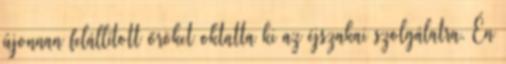
újonnan felállított őröket oktatta ki az éjszakai szolgálatra. Én